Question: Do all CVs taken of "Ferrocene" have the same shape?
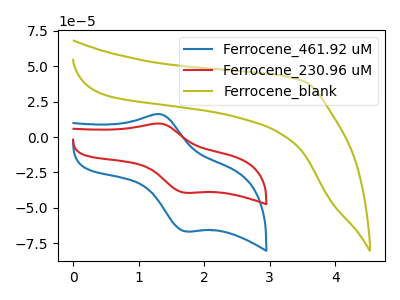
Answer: <think>The blue curve "Ferrocene_461.92 uM" has an anodic peak at (1.35V, 16.10uA) and a cathodic peak at (1.70V, -66.65uA). The red curve "Ferrocene_230.96 uM" has an anodic peak at (1.35V, 9.50uA) and a cathodic peak at (1.70V, -39.35uA). The olive curve "Ferrocene_blank" has no peaks.
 All the peaks in "Ferrocene_461.92 uM" have a peak in "Ferrocene_230.96 uM" at the same potential. Every peak in "Ferrocene_461.92 uM" is higher than every peak in "Ferrocene_230.96 uM". "Ferrocene_461.92 uM" and "Ferrocene_blank" have a different number of peaks. "Ferrocene_230.96 uM" and "Ferrocene_blank" have a different number of peaks.</think>
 <answer>All the CV's of "Ferrocene" have similar shape.</answer>
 <eval>follow_rule</eval>